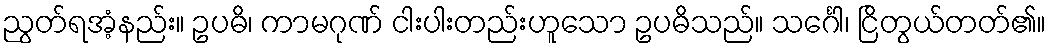
ညွတ်ရအံ့နည်း။ ဥပဓိ၊ ကာမဂုဏ် ငါးပါးတည်းဟူသော ဥပဓိသည်။ သင်္ဂေါ၊ ငြိတွယ်တတ်၏။